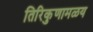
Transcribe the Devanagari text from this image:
तिरिकुणामळय